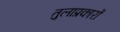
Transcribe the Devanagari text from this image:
तुलाप्रकारों